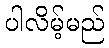
ပါလိမ့်မည်